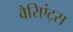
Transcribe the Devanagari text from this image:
वैरिएंट्स